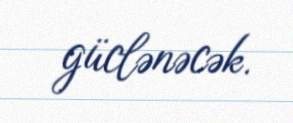
güclənəcək.